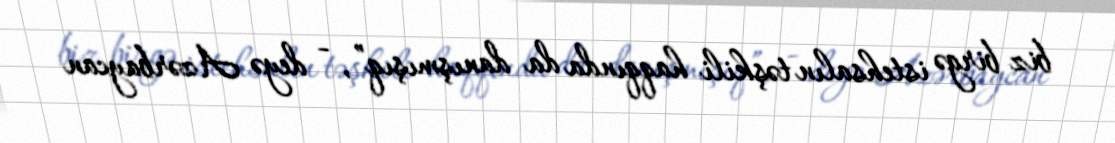
biz birgə istehsalın təşkili haqqında da danışmışıq”, - deyə Azərbaycan